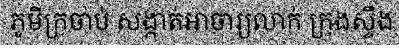
ភូមិក្រចាប់ សង្កាត់អាចារ្យលាក់ ក្រុងស្ទឹង